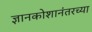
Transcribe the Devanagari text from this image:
ज्ञानकोशानंतरच्या